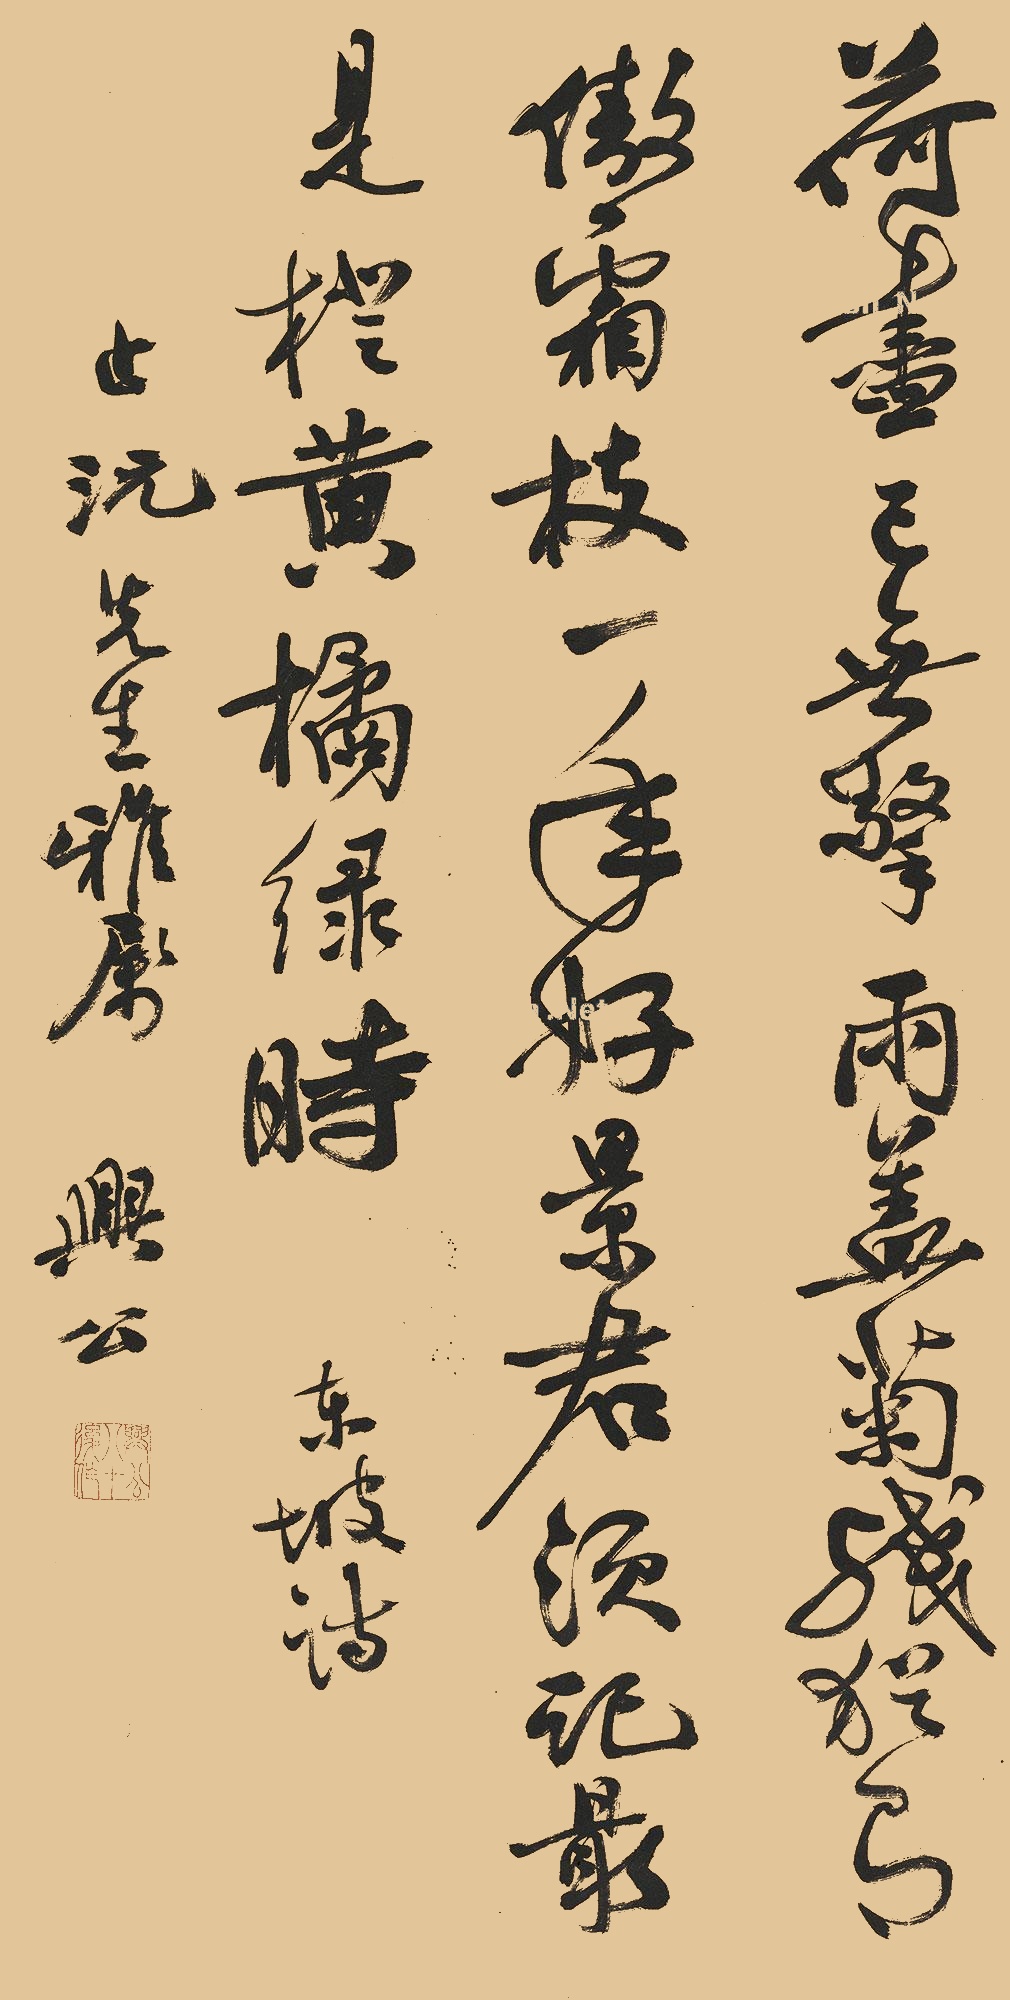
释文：荷尽已无擎雨盖，菊残犹有傲霜枝。一年好景君须记，最是橙黄橘绿时。东坡诗。止沅先生雅属，兴公。